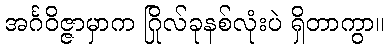
အင်္ဂဝိဇ္ဇာမှာက ဂြိုလ်ခုနစ်လုံးပဲ ရှိတာကွာ။